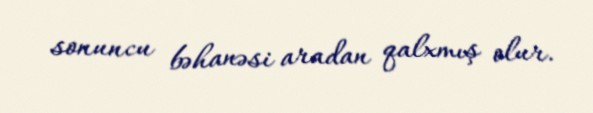
sonuncu bəhanəsi aradan qalxmış olur.